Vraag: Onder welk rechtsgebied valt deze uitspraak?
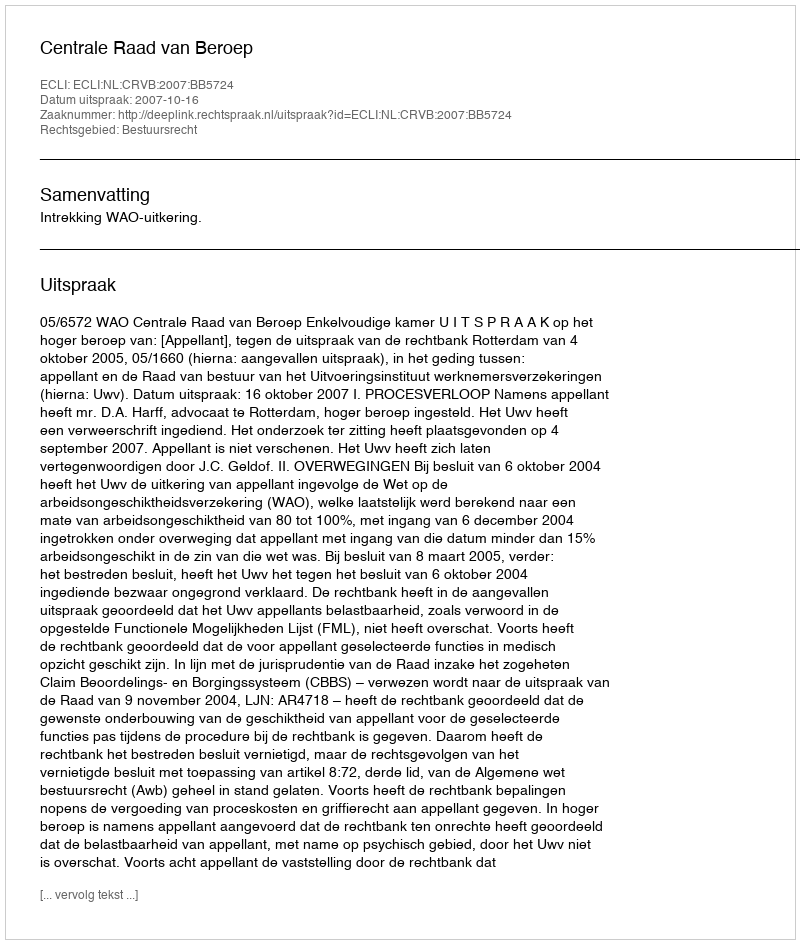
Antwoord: Bestuursrecht